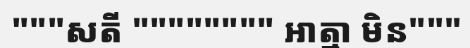
"""សតី """""""" អាត្មា មិន"""